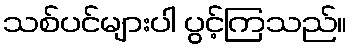
သစ်ပင်များပါ ပွင့်ကြသည်။